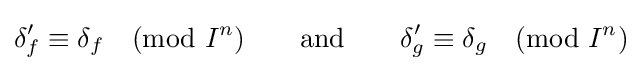
\delta '_{f}\equiv \delta _{f}{\pmod {I^{n}}}\qquad {\text{and}}\qquad \delta '_{g}\equiv \delta _{g}{\pmod {I^{n}}}